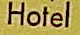
Hotel